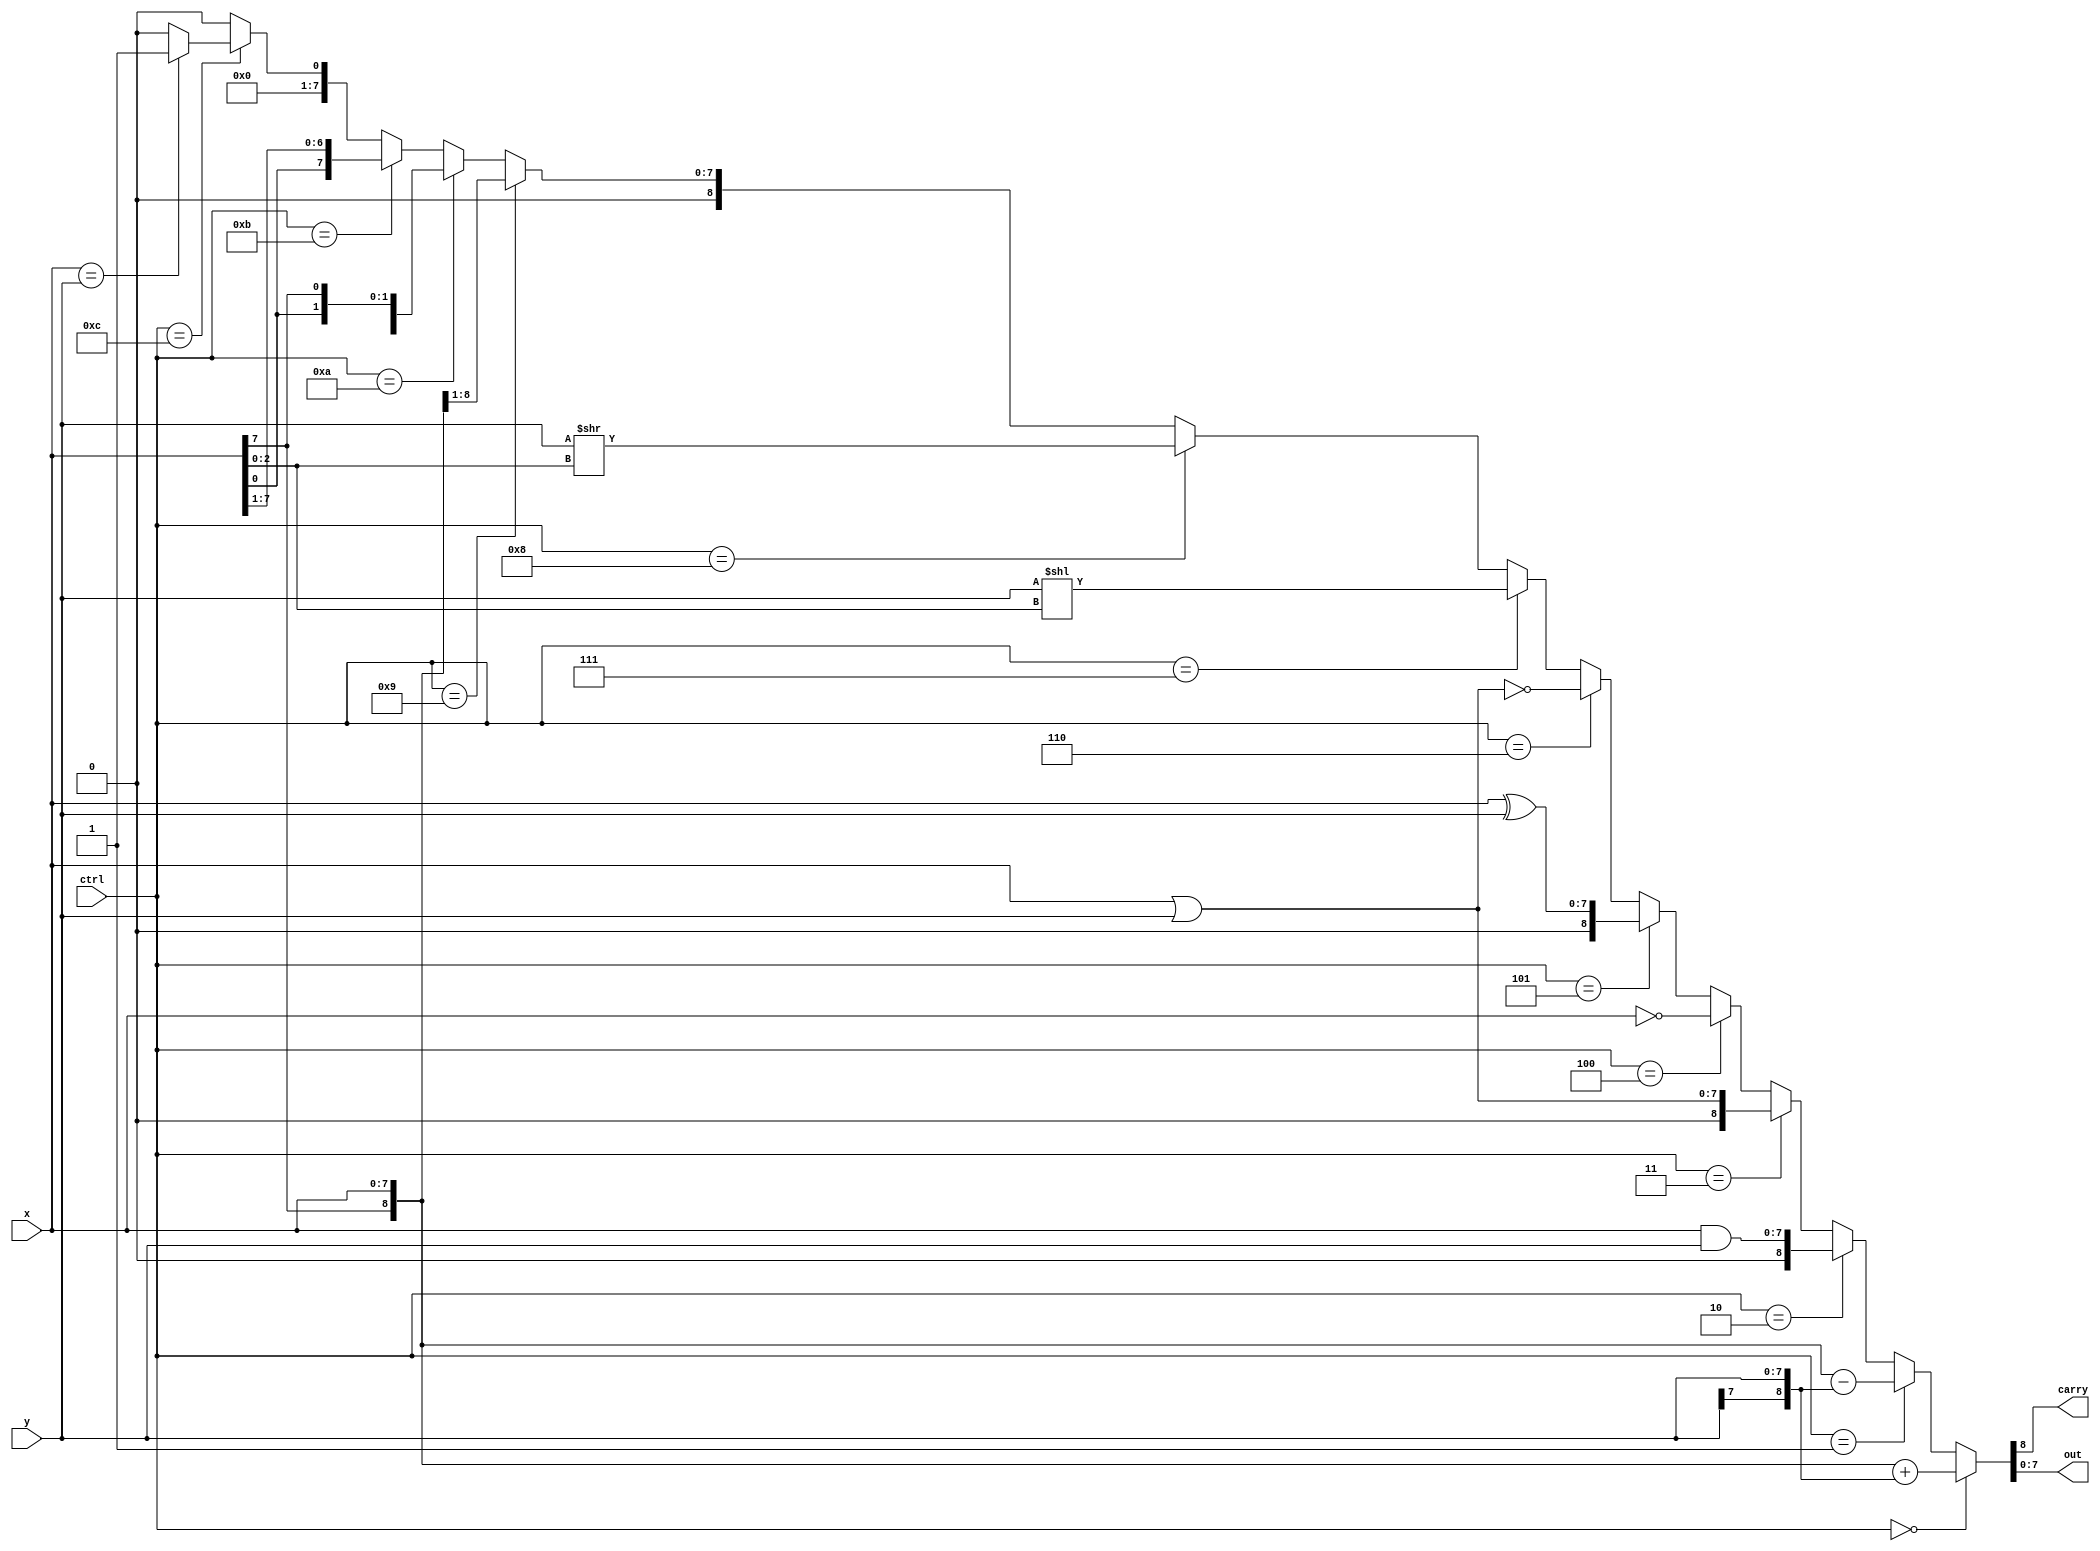
//RTL (use continuous assignment)
module alu_rtl(ctrl,x,y,carry,out);
    
    input  [3:0] ctrl;
    input  [7:0] x;
    input  [7:0] y;
    output       carry;
    output [7:0] out;
	
		
	assign {carry,out[7:0]} = (ctrl == 4'b0000) ? ({x[7],x}+{y[7],y}) :
							  (ctrl == 4'b0001) ? ({x[7],x}-{y[7],y}) : 						  
							  (ctrl == 4'b0010) ? (x&y) :
							  (ctrl == 4'b0011) ? (x|y) :
							  (ctrl == 4'b0100) ? (~x) :
							  (ctrl == 4'b0101) ? (x^y) :
							  (ctrl == 4'b0110) ? ~(x|y) :
							  (ctrl == 4'b0111) ? (y<<x[2:0]) :
							  (ctrl == 4'b1000) ? (y>>x[2:0]) :
							  (ctrl == 4'b1001) ? ({x[7],x[7:1]}) :
							  (ctrl == 4'b1010) ? ({x[6:0],x[7]}) :
							  (ctrl == 4'b1011) ? ({x[0],x[7:1]}) :
							  (ctrl == 4'b1100) ? ((x==y)?1:0) :
							  (ctrl == 4'b1101) ? 0 :
							  (ctrl == 4'b1110) ? 0 :
							  (ctrl == 4'b1111) ? 0 : 0; 				 
	
	
endmodule